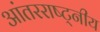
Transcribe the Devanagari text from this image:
आंतरराष्ट्नीय